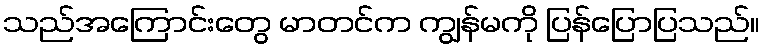
သည်အကြောင်းတွေ မာတင်က ကျွန်မကို ပြန်ပြောပြသည်။